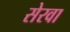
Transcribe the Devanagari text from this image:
सेरवा